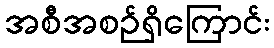
အစီအစဉ်ရှိကြောင်း